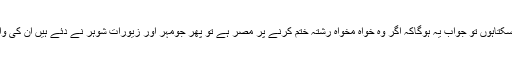
جب کوئی شوہر یہ کہے کہ میری بیوی مجھ سے چھٹکارا چاہتی ہے میں کس کس چیز کا مطالبہ کرسکتاہوں تو جواب یہ ہوگاکہ اگر وہ خواہ مخواہ رشتہ ختم کرنے پر مُصر ہے تو پھر جومہر اور زیورات شوہر نے دئے ہیں اُن کی واپسی کی شرط پر خلع کرسکتے ہیں لیکن اگر خامی اورخرابی شوہر میں ہے تو کچھ بھی لینا گناہ ہے ۔